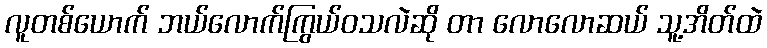
လူတစ်ယောက် ဘယ်လောက်ကြွယ်ဝသလဲဆို တာ လောလောဆယ် သူ့အိတ်ထဲ